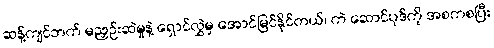
ဆန့်ကျင်ဘက် မညှဉ်းဆဲမှုနဲ့ ရှောင်လွှဲမှ အောင်မြင်နိုင်တယ်၊ ကဲ ဆောင်ပုဒ်ကို အစကစပြီး